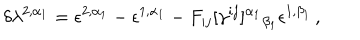
\delta \lambda ^ { 2 , \alpha _ { 1 } } = \epsilon ^ { 2 , \alpha _ { 1 } } - \epsilon ^ { 1 , \alpha _ { 1 } } - F _ { i j } [ \gamma ^ { i j } ] ^ { \alpha _ { 1 } } { } _ { \beta _ { 1 } } \epsilon ^ { 1 , \beta _ { 1 } } \, ,